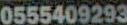
0555409293